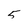
Character: 5